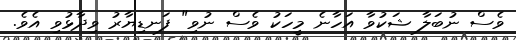
ވެސް ނުބަލާ ޝަކުވާ އަހާނެ މީހަކު ވެސް ނުވި" ފަނޑިޔާރު ވިދާޅުވި އެވެ.